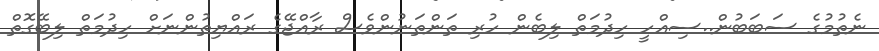
ނެތުމުގެ ސަބަބުން..ސިއްހީ ހިދުމަތް ލިބެން ހުރި ތަންތަނުންވެސް ރާއްޖޭގެ ރައްޔިތުންނަށް ހިދުމަތް ލިބޭގޮތް